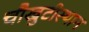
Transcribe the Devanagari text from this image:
चौखुटीस्थान